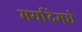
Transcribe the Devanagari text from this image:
मर्यादेमधे